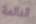
النائمة